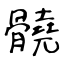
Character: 髐